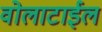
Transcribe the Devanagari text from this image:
वोलाटाईल